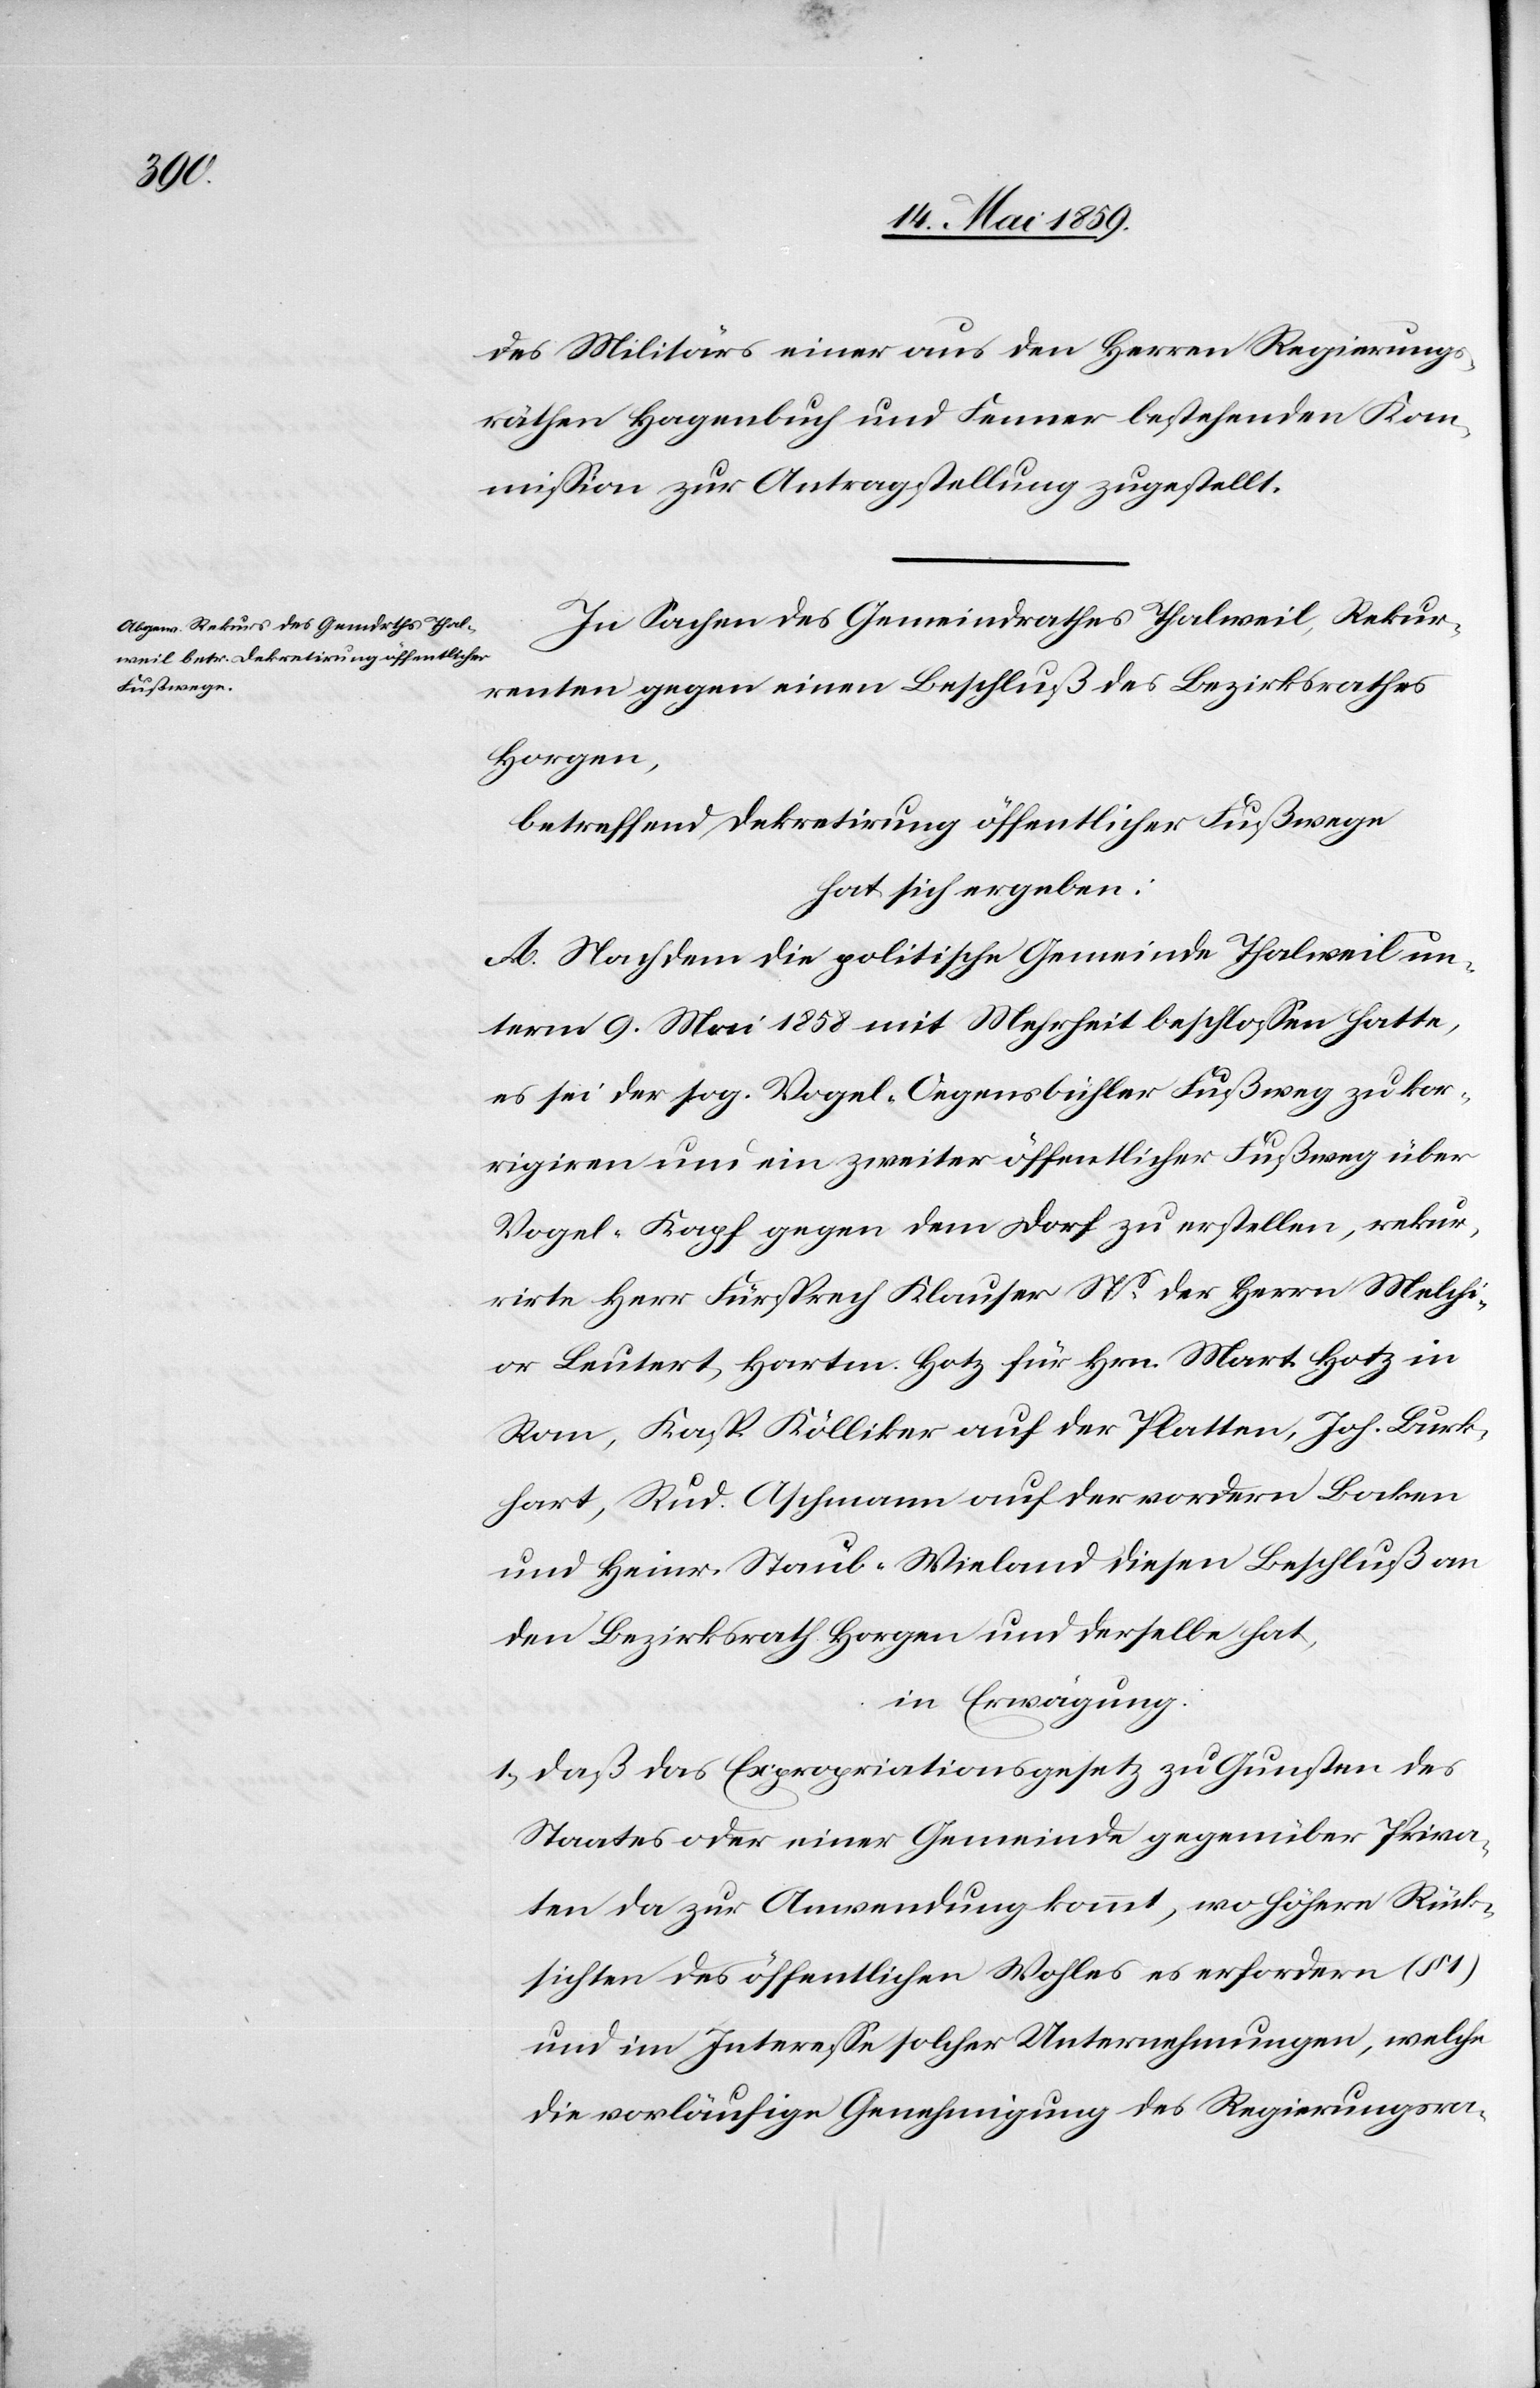
des Militärs einer aus den Herren Regierungs¬
räthen Hagenbuch und Fenner bestehenden Kom¬
mißion zur Antragstellung zugestellt.
In Sachen des Gemeindrathes Thalweil, Rekur¬
renten gegen einen Beschluß des Bezirksrathes
Horgen,
betreffend Dekretirung öffentlicher Fußwege
hat sich ergeben:
A. Nachdem die politische Gemeinde Thalweil un¬
term 9. Mai 1858 mit Mehrheit beschloßen hatte,
es sei der sog. Vogel-Oegensbühler Fußweg zu kor¬
rigiren und ein zweiter öffentlicher Fußweg über
Vogel-Kapf gegen dem Dorf zu erstellen, rekur¬
rirte Herr Fürsprech Klauser Ns der Herrn Melchi¬
or Leutert, Harten. [recte:;] Hotz für Hrn. Mart. Hotz in
Rom, Kasp. Kölliker auf der Platten, Joh. Burk¬
hart, Rud. Aschmann auf der vordern Bocken
und Heinr. Staub-Wieland diesen Beschluß an
den Bezirksrath Horgen und derselbe hat,
in Erwägung:
1) Daß das Expropriationsgesetz zu Gunsten des
Staates oder einer Gemeinde gegenüber Priva¬
ten da zur Anwendung kommt, wo höhere Rück¬
sichten des öffentlichen Wohles es erfordern (§
und im Intereße solcher Unternehmungen, welche
die vorläufige Genehmigung des Regierungsra-